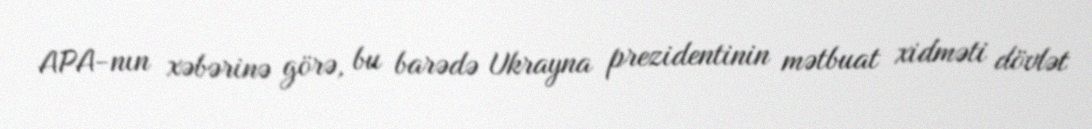
APA-nın xəbərinə görə, bu barədə Ukrayna prezidentinin mətbuat xidməti dövlət